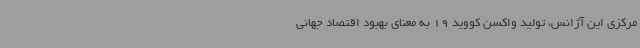
مرکزی این آژانس، تولید واکسن کووید 19 به معنای بهبود اقتصاد جهانی